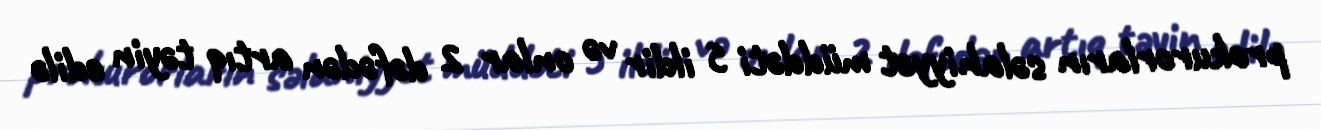
prokurorların səlahiyyət müddəti 5 ildir və onlar 2 dəfədən artıq təyin edilə